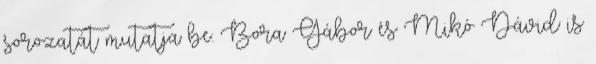
sorozatát mutatja be. Bora Gábor és Mikó Dávid is